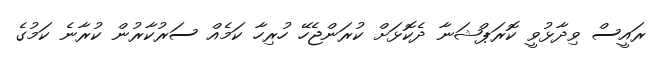
ރައީސް ވިދާޅުވީ ކޮރަޕްޝަނާ ދެކޮޅަށް ކުރަންޖެހޭ ހުރިހާ ކަމެއް ސަރުކާރުން ކުރާނެ ކަމުގެ